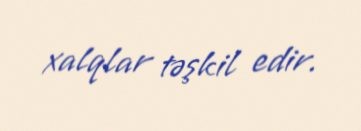
xalqlar təşkil edir.